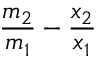
\frac { m _ { 2 } } { m _ { 1 } } - \frac { x _ { 2 } } { x _ { 1 } }